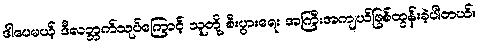
ဒါပေမယ့် ဒီလဘ္ဘက်သုပ်ကြောင့် သူတို့ စီးပွားရေး အကြီးအကျယ်ဖြစ်ထွန်းခဲ့ပါတယ်။